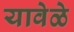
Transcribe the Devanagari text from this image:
यावेळे